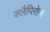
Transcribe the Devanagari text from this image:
क्लैपिरोन